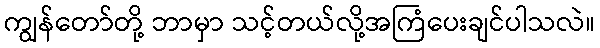
ကျွန်တော်တို့ ဘာမှာ သင့်တယ်လို့အကြံပေးချင်ပါသလဲ။